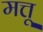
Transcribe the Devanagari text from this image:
मत्तू